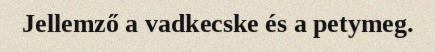
Jellemző a vadkecske és a petymeg.